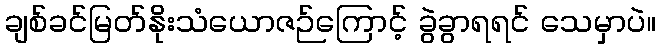
ချစ်ခင်မြတ်နိုးသံယောဇဉ်ကြောင့် ခွဲခွာရရင် သေမှာပဲ။